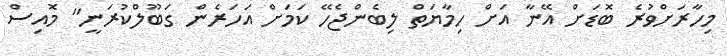
މިހާރަށްވުރެ ބޮޑަށް އޭނާ އަށް ހިމާޔަތް ލިބެންޖެހޭ ކަމަށް އަހަރެން ގަބޫލްކުރަނީ" މޮއިސް